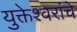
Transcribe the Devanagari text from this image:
युक्तेश्वरांचे